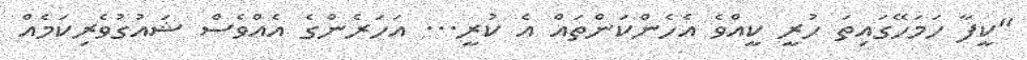
"ކީފާ ހަމަހޭގައިތަ ހުރީ ކީއްވެ އެހެންކަންތައް އެ ކުރީ... އަހަރެންގެ އެއްވެސް ޝައުގުވެރިކަމެއް